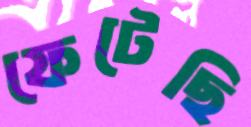
ফেটেছি